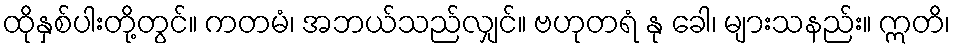
ထိုနှစ်ပါးတို့တွင်။ ကတမံ၊ အဘယ်သည်လျှင်။ ဗဟုတရံ နု ခေါ၊ များသနည်း။ ဣတိ၊